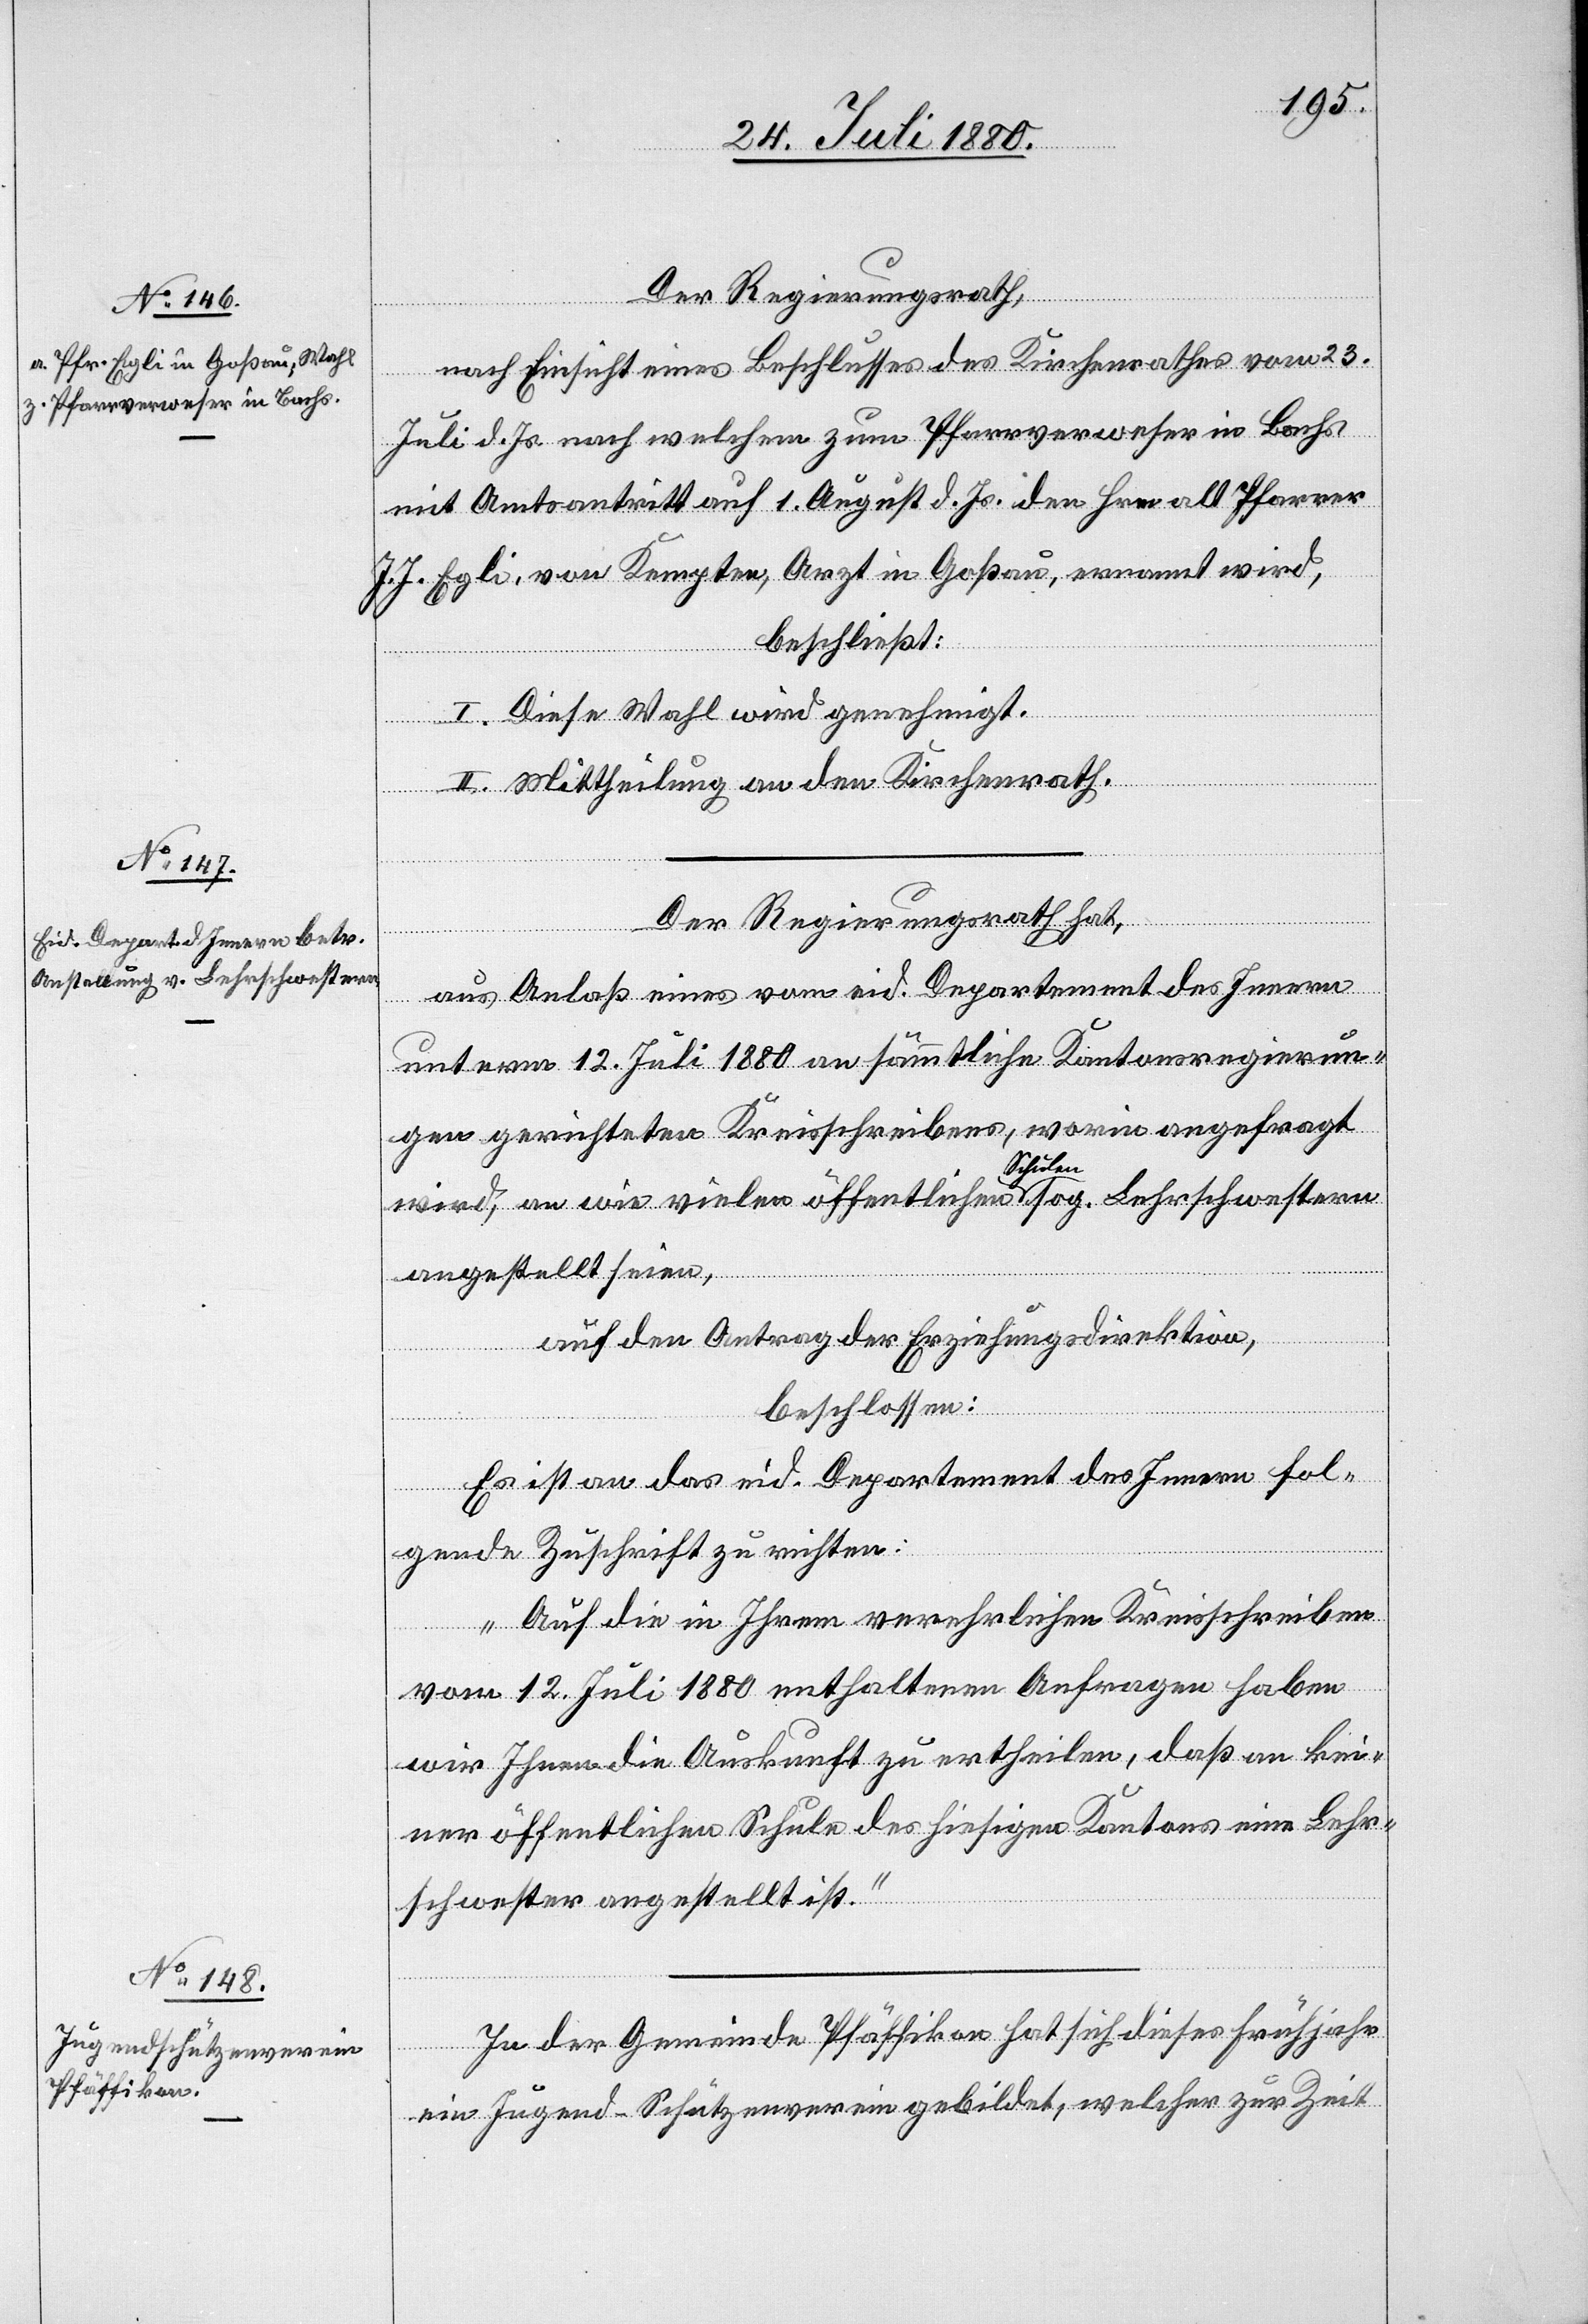
Der Regierungsrath,
nach Einsicht eines Beschlusses des Kirchenrathes vom 23.
Juli d. Js. nach welchem zum Pfarrverweser in Bachs
mit Amtsantritt auf 1. August d. Js. der Hrn. alt Pfarrer
J. J. Egli, von Kempten, Arzt in Goßau, ernannt wird,
beschließt:
I. Diese Wahl wird genehmigt.
II. Mittheilung an den Kirchenrath.
Der Regierungsrath hat,
aus Anlaß eines vom eid. Departement des Innern
unterm 12. Juli 1880 an sämmtliche Kantonsregierun¬
gen gerichteten Kreisschreibens, worin angefragt
wird, an wie vielen öffentlichen Schulen sog. Lehrschwestern
angestellt seien,
auf den Antrag der Erziehungsdirektion,
beschlossen:
Es ist an das eid. Departement des Innern fol¬
gende Zuschrift zu richten:
„Auf die in Ihrem verehrlichen Kreisschreiben
vom 12. Juli 1880 enthaltenen Anfragen haben
wir Ihnen die Auskunft zu ertheilen, daß an kei¬
ner öffentlichen Schule des hiesigen Kantons eine Lehr¬
schwester angestellt ist.“
In der Gemeinde Pfäffikon hat sich dieses Frühjahr
ein Jugend-Schützenverein gebildet, welcher zur Zeit